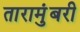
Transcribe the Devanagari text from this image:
तारामुंबरी